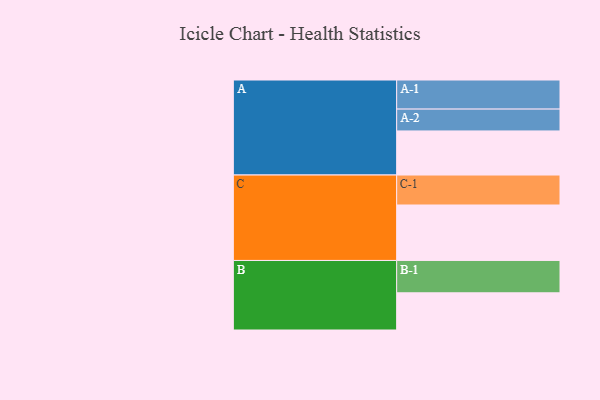
{"axis": {"x": "Segment", "y": "Value"}, "legend": ["", "A", "B", "C"], "data": [{"x": "A", "y": 391, "type": ""}, {"x": "B", "y": 330, "type": ""}, {"x": "C", "y": 492, "type": ""}, {"x": "A-1", "y": 258, "type": "A"}, {"x": "A-2", "y": 194, "type": "A"}, {"x": "B-1", "y": 287, "type": "B"}, {"x": "C-1", "y": 266, "type": "C"}]}